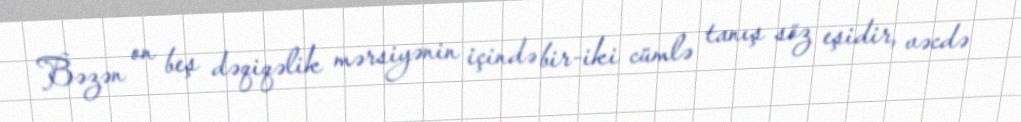
Bəzən on beş dəqiqəlik mərsiyənin içində bir-iki cümlə tanış söz eşidir, vəcdə